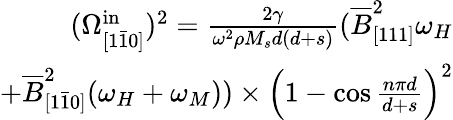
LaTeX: \begin{array}{r}{(\Omega_{[1\bar{1}0]}^{\mathrm{in}})^{2}=\frac{2\gamma}{\omega^{2}\rho M_{s}d(d+s)}(\overline{{B}}_{[111]}^{2}\omega_{H}}\\ {+\overline{{B}}_{[1\bar{1}0]}^{2}(\omega_{H}+\omega_{M}))\times\Big(1-\cos{\frac{n\pi d}{d+s}}\Big)^{2}}\end{array}